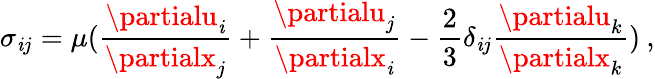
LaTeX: \sigma_{\mathit{i}j}=\mu(\frac{{\partialu_{\mathit{i}}}}{{\partialx_{j}}}+\frac{{\partialu_{j}}}{{\partialx_{\mathit{i}}}}-\frac{{2}}{{3}}\delta_{\mathit{i}j}\frac{{\partialu_{k}}}{{\partialx_{k}}})\: ,